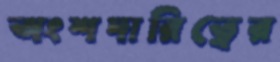
অংশদারিত্বের